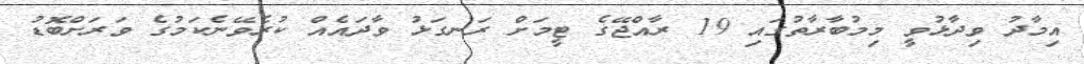
އިމާދު ވިދާޅުވީ މިމުބާރާތުގައި 19 ރާއްޖޭގެ ޓީމަށް ރަނގަޅު ވާދައެއް ކުރެވޭނެކަމުގެ ވަރަށްބޮޑު